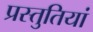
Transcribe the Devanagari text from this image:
प्रस्‍तुतियां